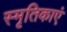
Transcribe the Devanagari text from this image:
स्मृतिकाएं